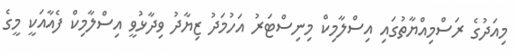
މިއަދުގެ ރަސްމިއްޔާތުގައި އިސްލާމިކް މިނިސްޓަރު އަހުމަދު ޒިޔާދު ވިދާޅުވީ އިސްލާމިކް ފެއާއަކީ މީގެ